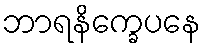
ဘာရနိက္ခေပနေ